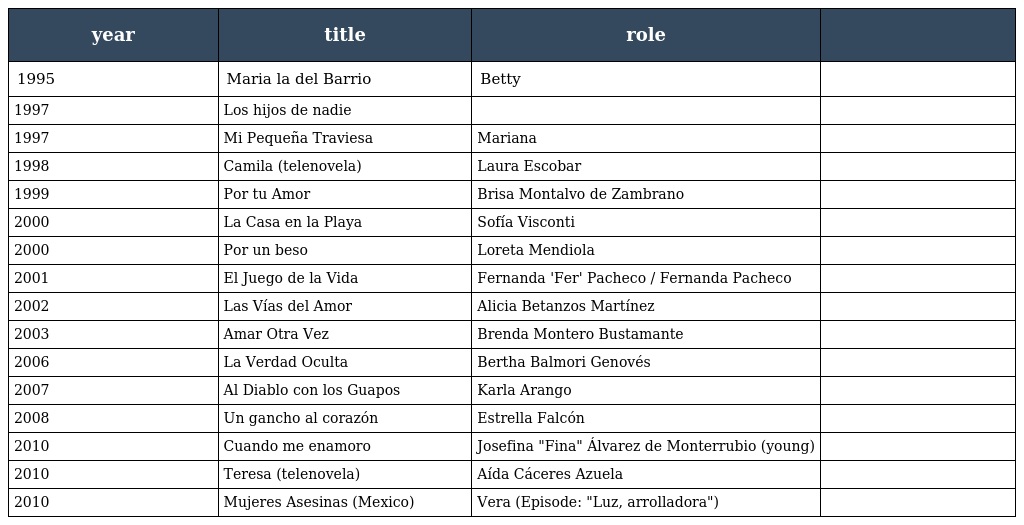
| year | title | role |  |
 | --- | --- | --- | --- |
 | 1995 | Maria la del Barrio | Betty |  |
 | 1997 | Los hijos de nadie |  |  |
 | 1997 | Mi Pequeña Traviesa | Mariana |  |
 | 1998 | Camila (telenovela) | Laura Escobar |  |
 | 1999 | Por tu Amor | Brisa Montalvo de Zambrano |  |
 | 2000 | La Casa en la Playa | Sofía Visconti |  |
 | 2000 | Por un beso | Loreta Mendiola |  |
 | 2001 | El Juego de la Vida | Fernanda 'Fer' Pacheco / Fernanda Pacheco |  |
 | 2002 | Las Vías del Amor | Alicia Betanzos Martínez |  |
 | 2003 | Amar Otra Vez | Brenda Montero Bustamante |  |
 | 2006 | La Verdad Oculta | Bertha Balmori Genovés |  |
 | 2007 | Al Diablo con los Guapos | Karla Arango |  |
 | 2008 | Un gancho al corazón | Estrella Falcón |  |
 | 2010 | Cuando me enamoro | Josefina "Fina" Álvarez de Monterrubio (young) |  |
 | 2010 | Teresa (telenovela) | Aída Cáceres Azuela |  |
 | 2010 | Mujeres Asesinas (Mexico) | Vera (Episode: "Luz, arrolladora") |  |